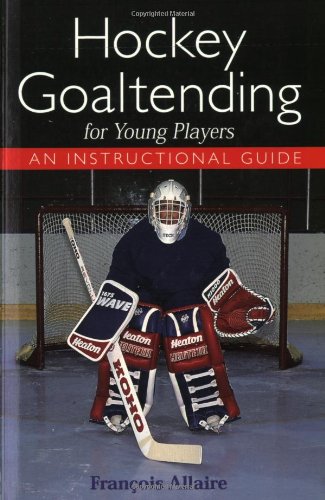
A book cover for Hockey Goaltending for Young Players: An Instructional  Guide; Francois Allaire; Sports & Outdoors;